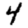
Digit: 4